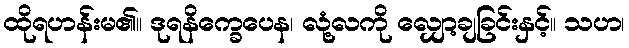
ထိုရဟန်းမ၏။ ဒုရနိက္ခေပေန၊ လုံ့လကို လျှော့ချခြင်းနှင့်။ သဟ၊